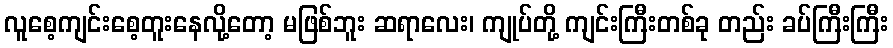
လူစေ့ကျင်းစေ့တူးနေလို့တော့ မဖြစ်ဘူး ဆရာလေး၊ ကျုပ်တို့ ကျင်းကြီးတစ်ခု တည်း ခပ်ကြီးကြီး